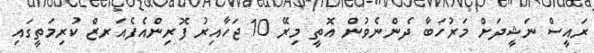
ރައީސް ނަޝީދަށް މަރުހަބާ ދެންނެވުން އޮތީ މިރޭ 10 ޖަހާއިރު ފޮރިންއެފެއަރޒް ކުރިމަތީގައި